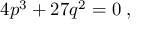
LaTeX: \; 4 p ^ { 3 } + 2 7 q ^ { 2 } = 0 \; ,